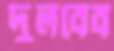
দুলবেব